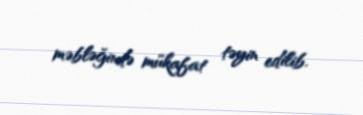
məbləğində mükafat təyin edilib.